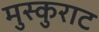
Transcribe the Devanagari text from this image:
मुस्कुराट